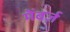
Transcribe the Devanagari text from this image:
मेंबर्ज़